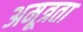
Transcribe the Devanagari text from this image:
अमूत्रता